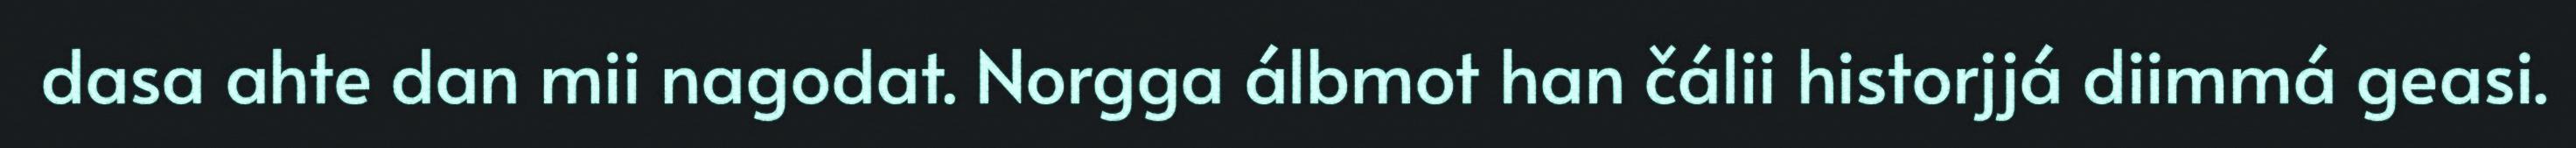
dasa ahte dan mii nagodat. Norgga álbmot han čálii historjjá diimmá geasi.